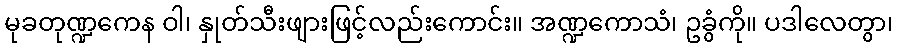
မုခတုဏ္ဍကေန ဝါ၊ နှုတ်သီးဖျားဖြင့်လည်းကောင်း။ အဏ္ဍကောသံ၊ ဥခွံကို။ ပဒါလေတွာ၊